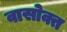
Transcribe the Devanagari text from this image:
वासोक्त